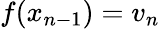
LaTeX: f(x_{n-1})=v_{n}